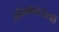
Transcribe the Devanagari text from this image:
लोकमानसातही